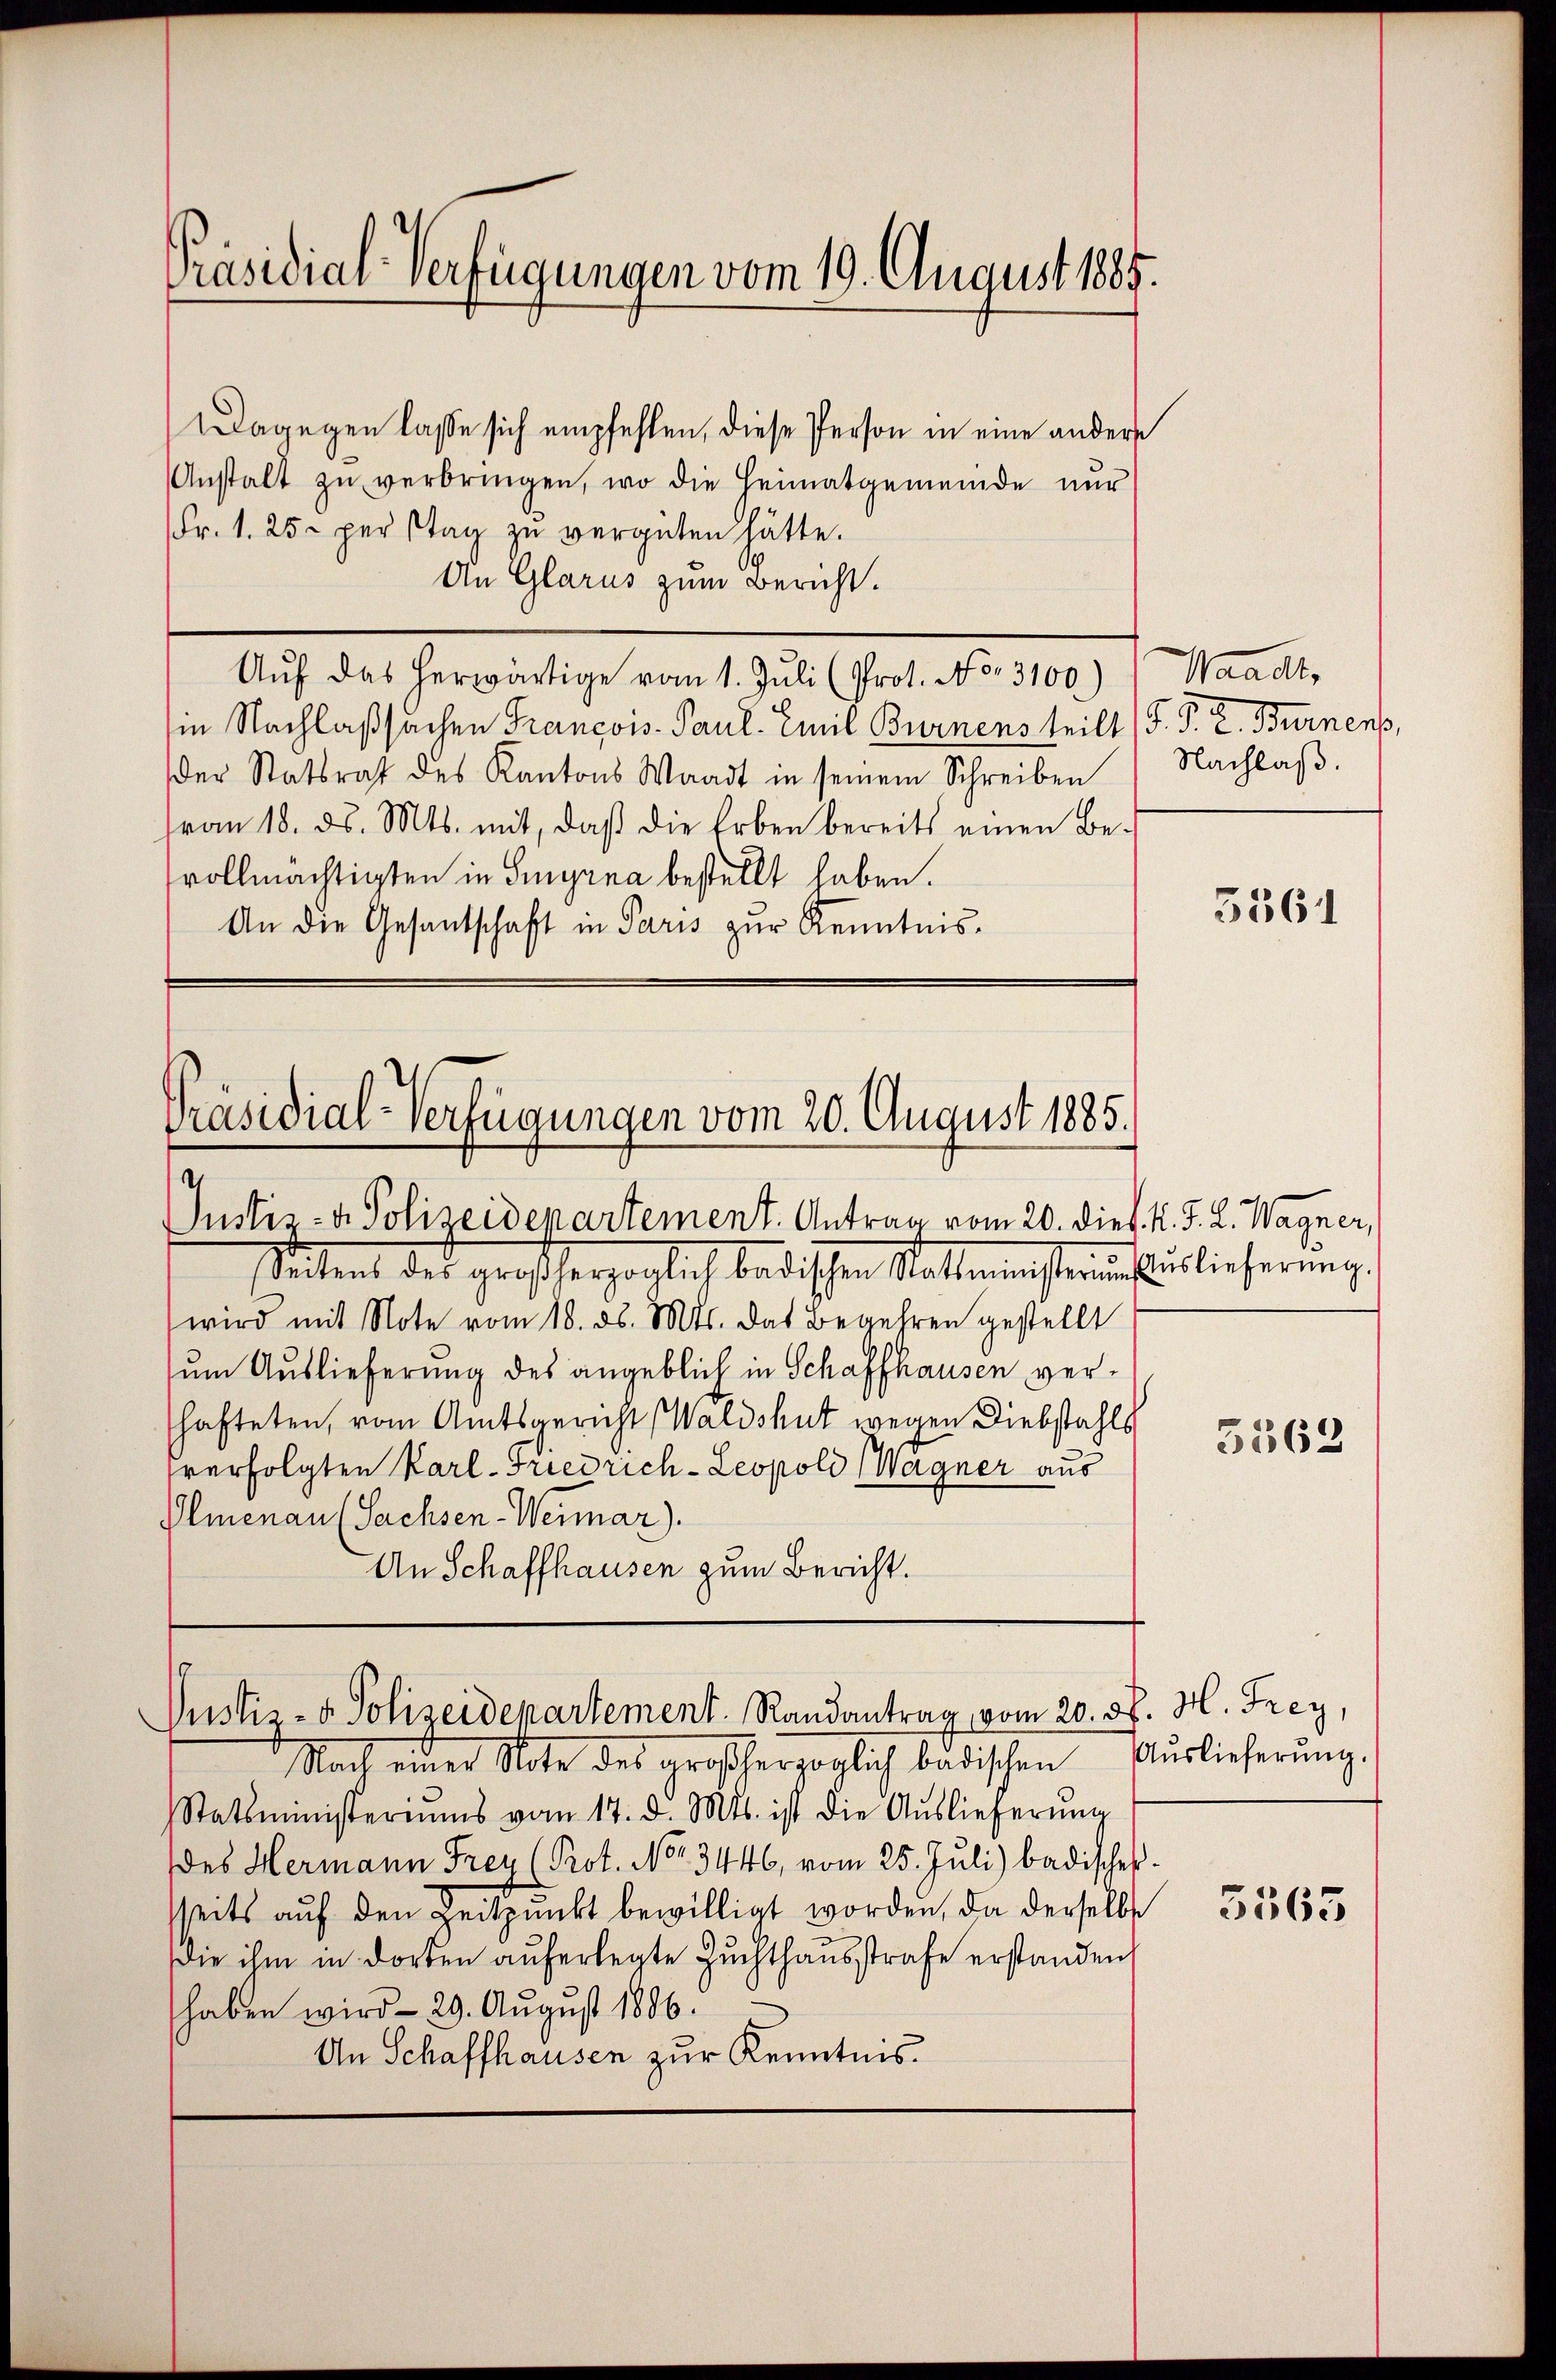
Präsidial-Verfügungen vom 19. August 1885.

Dagegen lasse sich empfehlen, diese Person in eine andere
Anstalt zŭ verbringen, wo die Heimatgemeinde nur
Fr. 1. 25. per stag zu vergüten hätte.
An Glarus zum Bericht.
Auf das herwärtige vom 1. Juli (Prot. No. 3100.) Waadt,
in Nachlaßsachen François- Paul. Emil Burnens teilt (F. P. R. Burnenp,
der Statsrat des Kantons Waadt in seinem Schreiben Nachlaβ.
von 18. d. Mts. mit, daβ die Erben bereits einen Be-
vollmächtigten in Syrna bestellt haben.
An die Gesantschaft in Paris zŭr Kenntnis.

Präsidial-Verfügungen vom 20. August 1885.
d
Justiz- & Polizeidepartement. Antrag vom 20. Dief. K. J. L. Wagner,

Justiz- & Polizeidepartement. Randantrag vom 20. d. M. Frey,

stetent des großherzoglich badischen Stattenenster uns sur lieferung
wird mit Note vom 18. d. Mts. das Begehren gestellt
sum Auslieferung des angeblich in Schaffhausen verhafteten, vom Amtsgericht (Waldshut wegen Diebstahls
verfolgten Karl-Friedrich-Leopold Wagner aus
Olmenau (Sachsen-Weimar).
An Schaffhausen zum Bericht.

Nach einer Note des großherzoglich badischen
Statsministeriums vom 17. d. Mts. ist die Aŭslieferŭng
des Hermann Frey (Prot. No. 3446, vom 25. Juli) badisches
seits auf den Zeitpunkt bewilligt worden, da derselbst
die ihm in dorten auferlegte Zuchthausstrafe erstanden,
haben wird - 29. August 1886.
An Schaffhausen zur Kenntnis.

5361

3562

Auslieferung.

3565